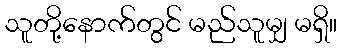
သူတို့နောက်တွင် မည်သူမျှ မရှိ။